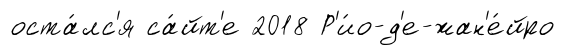
оста́лс'я са́йт'е 2018 Р'и́о-д'е-жан'е́йро